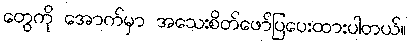
တွေကို အောက်မှာ အသေးစိတ်ဖော်ပြပေးထားပါတယ်။